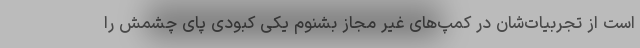
است از تجربیات‌شان در کمپ‌های غیر مجاز بشنوم یکی کبودی پای چشمش را